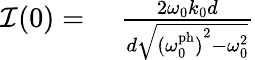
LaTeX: \begin{array}{rl}{\mathcal{I}(0)=}&{{}\; \frac{2\omega_{0}k_{0}d}{d\sqrt{{(\omega_{0}^{\mathrm{ph}})}^{2}-\omega_{0}^{2}}}}\end{array}